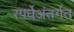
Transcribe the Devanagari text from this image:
स्पर्धेअंतर्गत